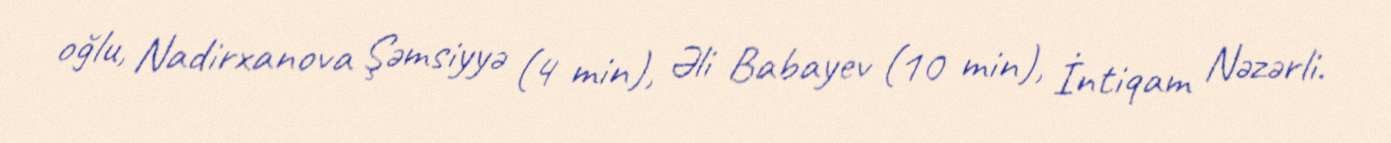
oğlu, Nadirxanova Şəmsiyyə (4 min), Əli Babayev (10 min), İntiqam Nəzərli.